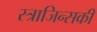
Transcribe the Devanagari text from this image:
स्त्राजिन्सकी